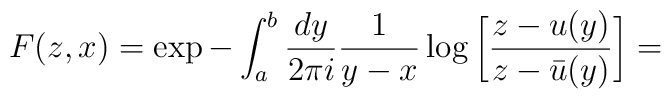
F(z,x)=\exp -\int_a^b\frac{dy}{2\pi i}\frac{1}{y-x}\log\bigg[\frac{z-u(y)}{z-\bar{u}(y)}\bigg]=